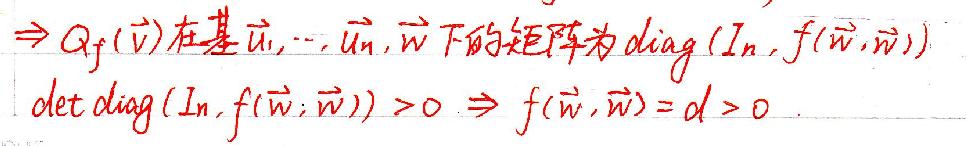
\Rightarrow Q_f(\vec{v})在基\vec{u}_1,\cdots,\vec{u}_n,\vec{w}下的矩阵为diag( I_n,f(\vec{w},\vec{w}) )\\
det diag( I_n,f(\vec{w},\vec{w}) )>0 \Rightarrow f(\vec{w},\vec{w})=d>0